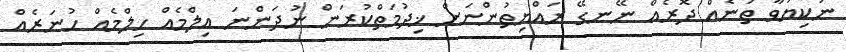
ނުކިޔަވާ ތަނެއް ދޮރެއް ނޭނގޭ ރައްޔިތުންނަށް ޚިދުމަތްކުރަން ނުދަންނަ އިލްމެއް ހިލްމެއް ހުނަރެއް